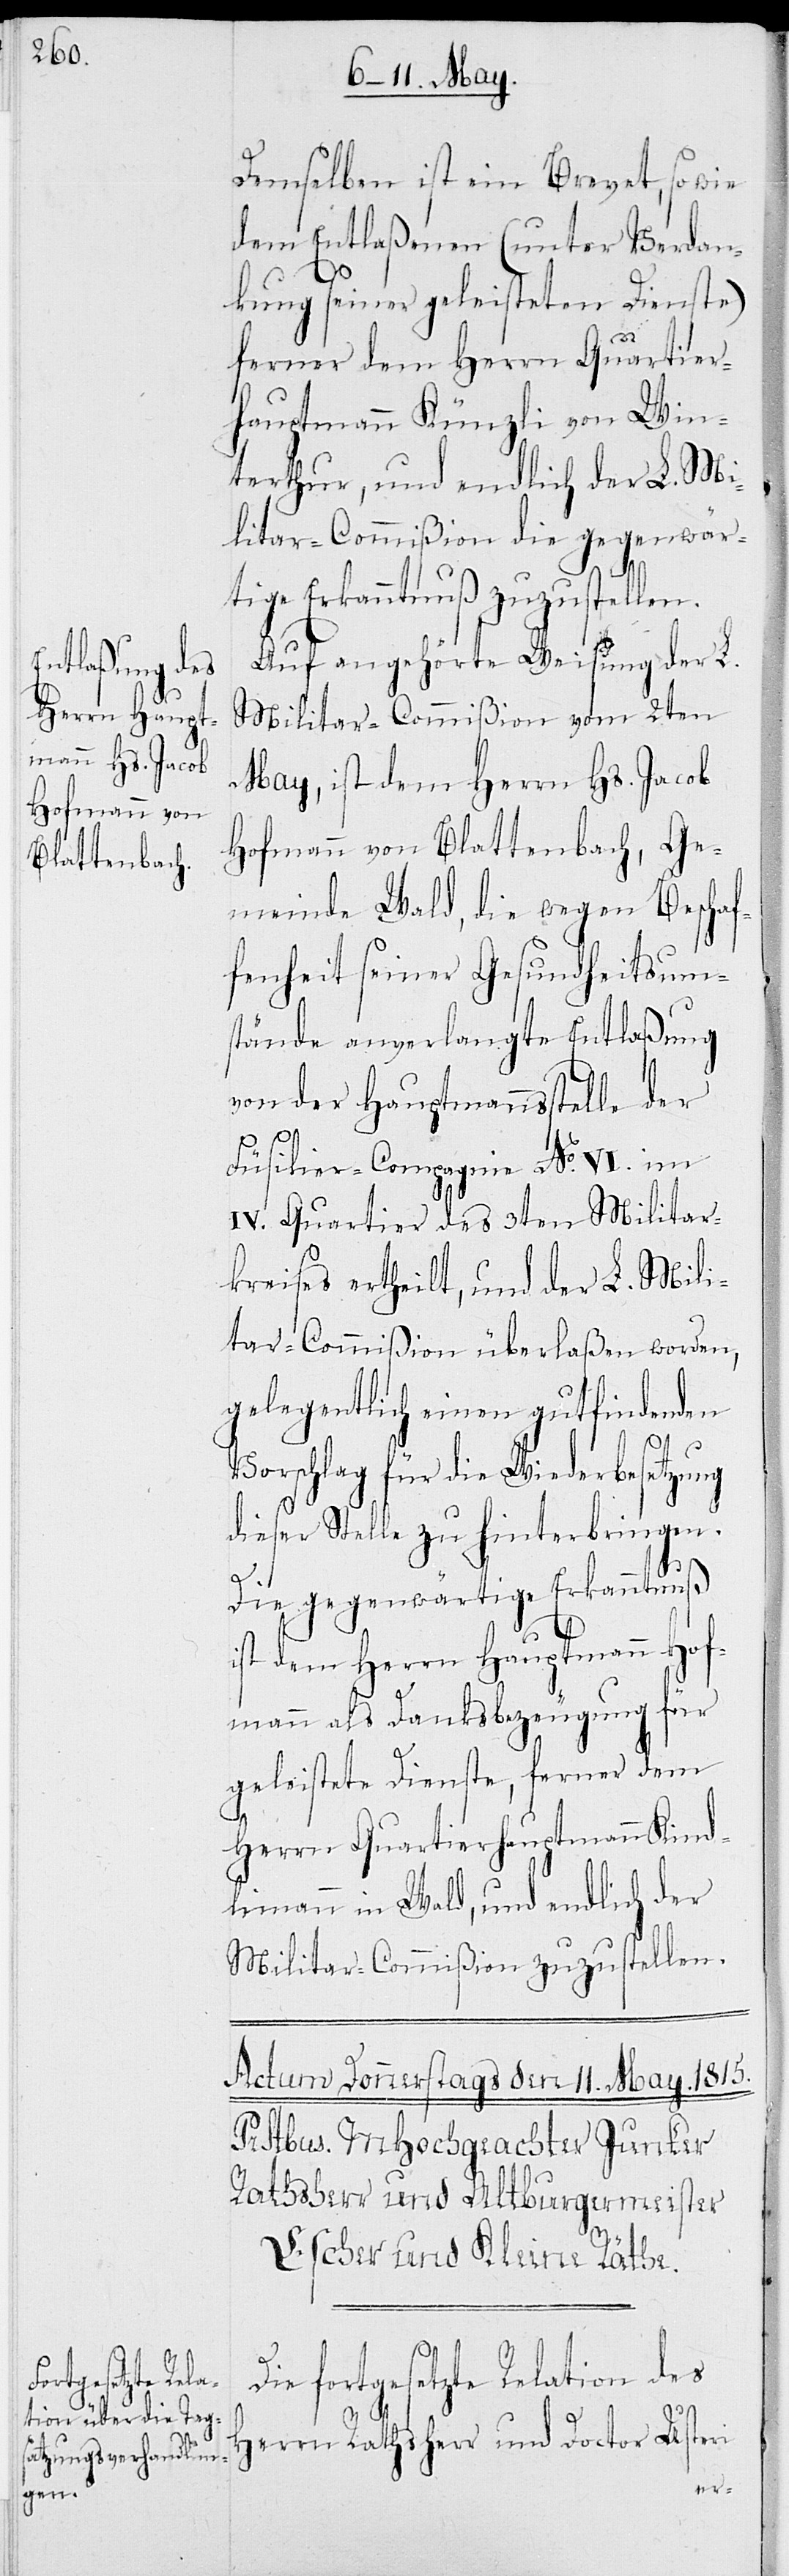
Demselben ist ein Brevet, so wie
dem Entlaßenen (unter Verdan¬
kung seiner geleisteten Dienste)
ferner dem Herrn Quartier¬
hautmann Künzli von Win¬
terthur, und endlich der L. Mi¬
litar-Commißion die gegenwär¬
tige Erkanntnuß zuzustellen.
Auf angehörte Weisung der L.
Militar-Commißion vom 2ten
May, ist dem Herrn Hs. Jacob
Hofmann von Blattenbach, Ge¬
meinde Wald, die wegen Beschaf¬
fenheit seiner Gesundheitsums¬
tände anverlangte Entlaßung
von der Hauptmannstelle der
Füsilier-Compagnie No. VI. im
IV. Quartier des 3ten Militar¬
kreises ertheilt, und der L. Mili¬
tar-Commißion überlaßen worden,
gelegentlich einen gutfindenden
Vorschlag für die Wiederbesetzung
dieser Stelle zu hinterbringen.
Die gegenwärtige Erkanntnuß
ist dem Herrn Hauptmann Hof¬
fmann als Danksbezeugung für
geleistete Dienste, ferner dem
Herrn Quartierhauptmann Kind¬
limann in Wald, und endlich der
Militar-Commißion zuzustellen.
D¬
ie fortgesetzte Relation des
Herrn Rathsherr und Doctor Usteri